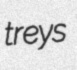
treys